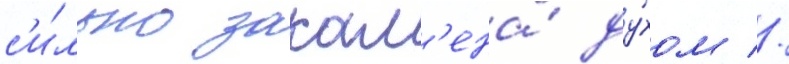
с'и́льно закал'ена́ ду́хом //